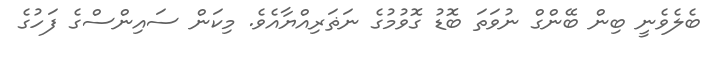
ބެލެވެނީ ބިން ބޭންގް ނުވަތަ ބޮޑު ގޮވުމުގެ ނަޡަރިއްޔާއެވެ. މިކަން ސައިންސްގެ ފަހުގެ